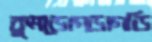
কুমড়োগড়াগড়ি